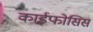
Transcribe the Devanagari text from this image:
काईफोसिस